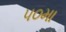
૫૦મા